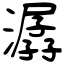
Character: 潺